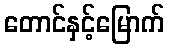
တောင်နှင့်မြောက်